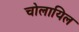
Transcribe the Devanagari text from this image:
चोलायिल